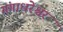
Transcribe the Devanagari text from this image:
गंगाधरेश्वर